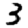
Digit: 3